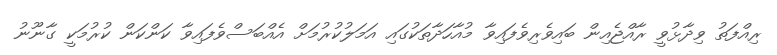
ރިއްފަތު ވިދާޅުވީ ރާއްޖެއިން ބައިވެރިވެފައިވާ މުއާހަދާތަކުގައި އަމަލުކުރުމަށް އެއްބަސްވެފައިވާ ކަންކަން ކުރުމަކީ ގާނޫނު